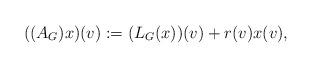
LaTeX: \begin{align*}((A_G)x)(v):=(L_G(x))(v)+r(v)x(v),\end{align*}